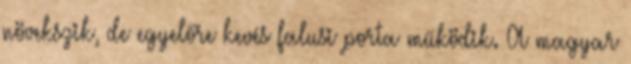
növekszik, de egyelőre kevés falusi porta működik. A magyar